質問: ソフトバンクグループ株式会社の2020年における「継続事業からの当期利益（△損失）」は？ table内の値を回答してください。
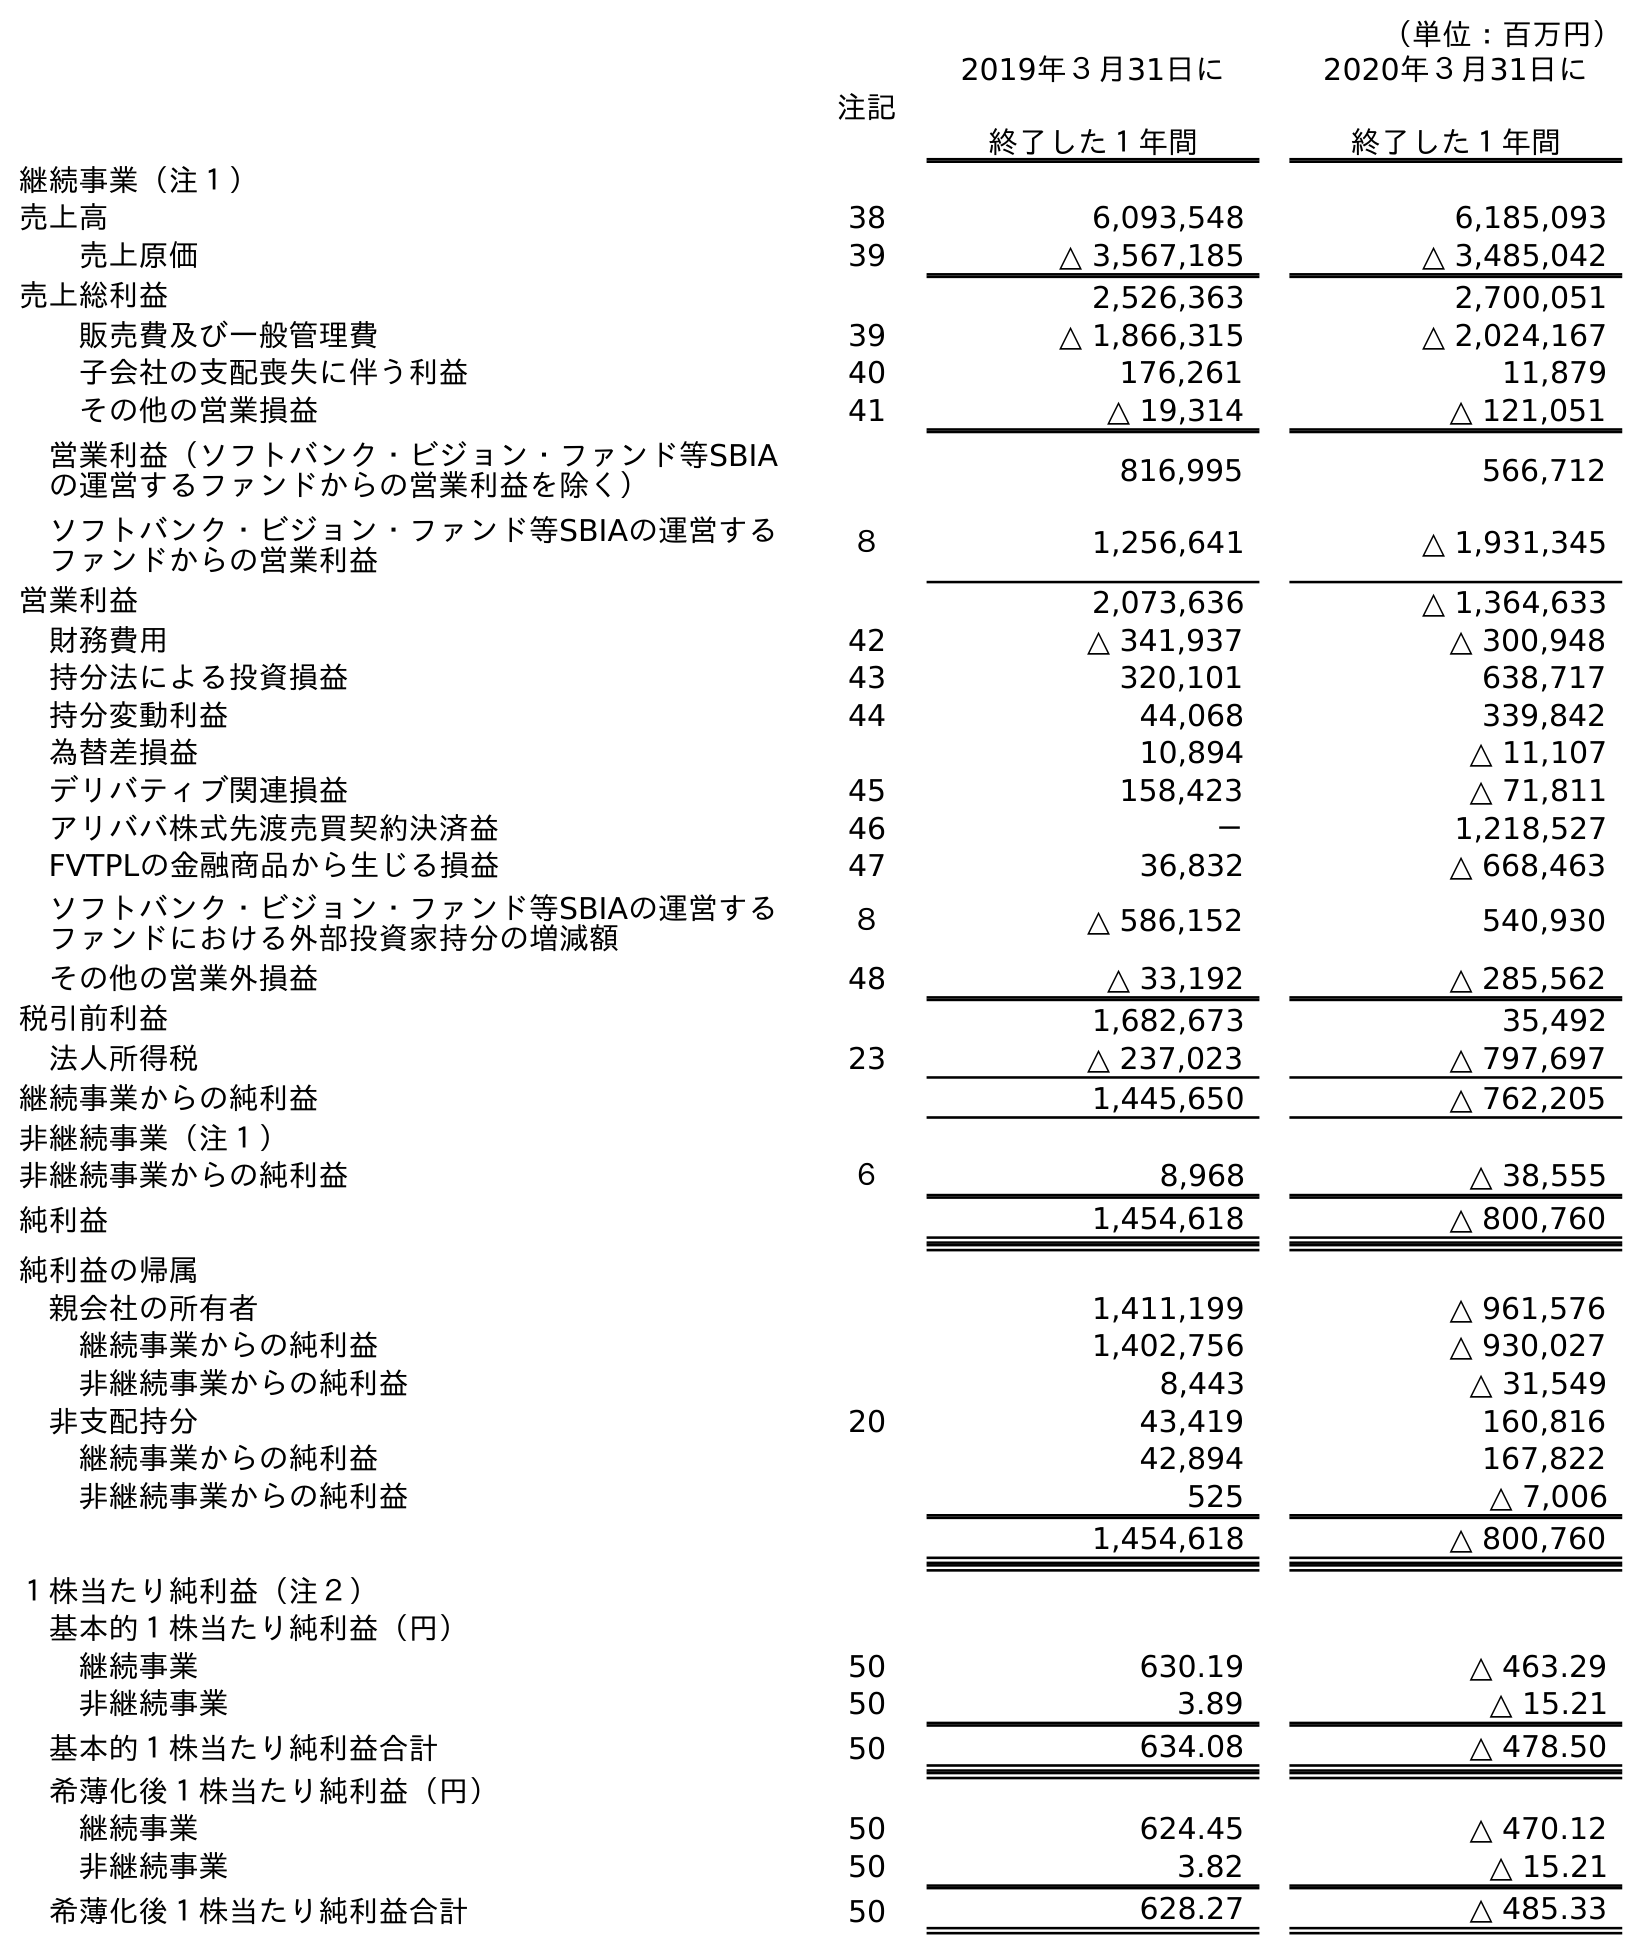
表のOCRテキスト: （単位：百万円） 注記 2019年３月31日に 終了した１年間 2020年３月31日に 終了した１年間 継続事業（注１） 売上高 38 6,093,548 6,185,093 売上原価 39 △ 3,567,185 △ 3,485,042 売上総利益 2,526,363 2,700,051 販売費及び一般管理費 39 △ 1,866,315 △ 2,024,167 子会社の支配喪失に伴う利益 40 176,261 11,879 その他の営業損益 41 △ 19,314 △ 121,051 営業利益（ソフトバンク・ビジョン・ファンド等SBIA の運営するファンドからの営業利益を除く） 816,995 566,712 ソフトバンク・ビジョン・ファンド等SBIAの運営する ファンドからの営業利益 ８ 1,256,641 △ 1,931,345 営業利益 2,073,636 △ 1,364,633 財務費用 42 △ 341,937 △ 300,948 持分法による投資損益 43 320,101 638,717 持分変動利益 44 44,068 339,842 為替差損益 10,894 △ 11,107 デリバティブ関連損益 45 158,423 △ 71,811 アリババ株式先渡売買契約決済益 46 － 1,218,527 FVTPLの金融商品から生じる損益 47 36,832 △ 668,463 ソフトバンク・ビジョン・ファンド等SBIAの運営する ファンドにおける外部投資家持分の増減額 ８ △ 586,152 540,930 その他の営業外損益 48 △ 33,192 △ 285,562 税引前利益 1,682,673 35,492 法人所得税 23 △ 237,023 △ 797,697 継続事業からの純利益 1,445,650 △ 762,205 非継続事業（注１） 非継続事業からの純利益 ６ 8,968 △ 38,555 純利益 1,454,618 △ 800,760 純利益の帰属 親会社の所有者 1,411,199 △ 961,576 継続事業からの純利益 1,402,756 △ 930,027 非継続事業からの純利益 8,443 △ 31,549 非支配持分 20 43,419 160,816 継続事業からの純利益 42,894 167,822 非継続事業からの純利益 525 △ 7,006 1,454,618 △ 800,760 １株当たり純利益（注２） 基本的１株当たり純利益（円） 継続事業 50 630.19 △ 463.29 非継続事業 50 3.89 △ 15.21 基本的１株当たり純利益合計 50 634.08 △ 478.50 希薄化後１株当たり純利益（円） 継続事業 50 624.45 △ 470.12 非継続事業 50 3.82 △ 15.21 希薄化後１株当たり純利益合計 50 628.27 △ 485.33
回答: △762,205